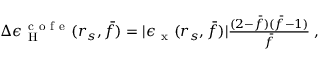
\begin{array} { r } { \Delta \epsilon _ { \mathrm { ~ H ~ } } ^ { \mathrm { ~ c ~ o ~ f ~ e ~ } } ( r _ { s } , \bar { f } ) = | \epsilon _ { \mathrm { ~ x ~ } } ( r _ { s } , \bar { f } ) | \frac { ( 2 - \bar { f } ) ( \bar { f } - 1 ) } { \bar { f } } \; , } \end{array}